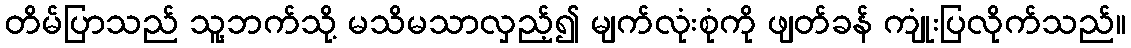
တိမ်ပြာသည် သူ့ဘက်သို့ မသိမသာလှည့်၍ မျက်လုံးစုံကို ဖျတ်ခန် ကျုံးပြလိုက်သည်။